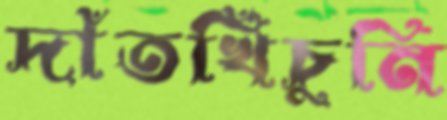
দাঁতখিঁচুনি